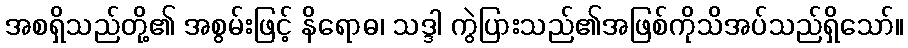
အစရှိသည်တို့၏ အစွမ်းဖြင့် နိရောဓ၊ သဒ္ဒါ ကွဲပြားသည်၏အဖြစ်ကိုသိအပ်သည်ရှိသော်။